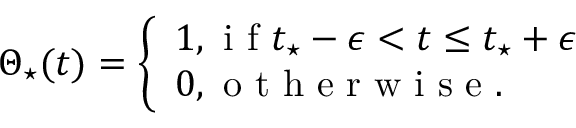
\Theta _ { \star } ( t ) = \left\{ \begin{array} { l l } { 1 , \mathrm { ~ i ~ f ~ } t _ { \star } - \epsilon < t \leq t _ { \star } + \epsilon } \\ { 0 , \mathrm { ~ o ~ t ~ h ~ e ~ r ~ w ~ i ~ s ~ e ~ . ~ } } \end{array} \right.